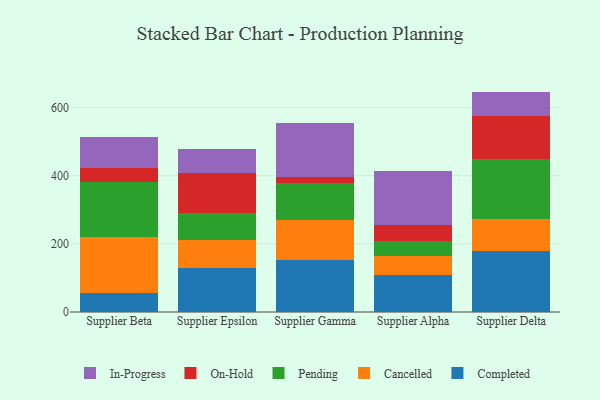
{"axis": {"x": "Supplier", "y": "Market Share (%)"}, "legend": ["Cancelled", "Completed", "In-Progress", "On-Hold", "Pending"], "data": [{"x": "Supplier Beta", "y": 54.6, "type": "Completed"}, {"x": "Supplier Beta", "y": 164.4, "type": "Cancelled"}, {"x": "Supplier Beta", "y": 161.5, "type": "Pending"}, {"x": "Supplier Beta", "y": 43.3, "type": "On-Hold"}, {"x": "Supplier Beta", "y": 90.6, "type": "In-Progress"}, {"x": "Supplier Epsilon", "y": 128.6, "type": "Completed"}, {"x": "Supplier Epsilon", "y": 83.4, "type": "Cancelled"}, {"x": "Supplier Epsilon", "y": 79.2, "type": "Pending"}, {"x": "Supplier Epsilon", "y": 116.0, "type": "On-Hold"}, {"x": "Supplier Epsilon", "y": 71.5, "type": "In-Progress"}, {"x": "Supplier Gamma", "y": 154.0, "type": "Completed"}, {"x": "Supplier Gamma", "y": 116.4, "type": "Cancelled"}, {"x": "Supplier Gamma", "y": 108.8, "type": "Pending"}, {"x": "Supplier Gamma", "y": 15.7, "type": "On-Hold"}, {"x": "Supplier Gamma", "y": 159.4, "type": "In-Progress"}, {"x": "Supplier Alpha", "y": 107.8, "type": "Completed"}, {"x": "Supplier Alpha", "y": 56.0, "type": "Cancelled"}, {"x": "Supplier Alpha", "y": 44.6, "type": "Pending"}, {"x": "Supplier Alpha", "y": 46.8, "type": "On-Hold"}, {"x": "Supplier Alpha", "y": 157.2, "type": "In-Progress"}, {"x": "Supplier Delta", "y": 178.4, "type": "Completed"}, {"x": "Supplier Delta", "y": 94.7, "type": "Cancelled"}, {"x": "Supplier Delta", "y": 175.7, "type": "Pending"}, {"x": "Supplier Delta", "y": 125.6, "type": "On-Hold"}, {"x": "Supplier Delta", "y": 72.5, "type": "In-Progress"}]}